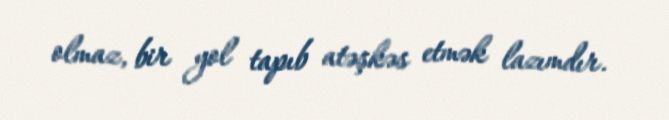
olmaz, bir yol tapıb atəşkəs etmək lazımdır.